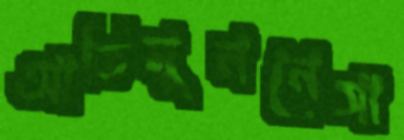
আতিমুননেসা